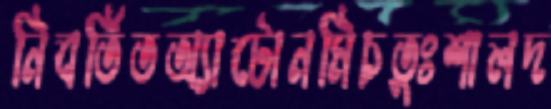
নিবর্তিতঅ্যাটোনমিচতুঃশালদ